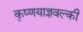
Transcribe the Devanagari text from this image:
कृष्णयाज्ञवल्की